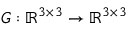
\boldsymbol { G } : \mathbb { R } ^ { 3 \times 3 } \rightarrow \mathbb { R } ^ { 3 \times 3 }